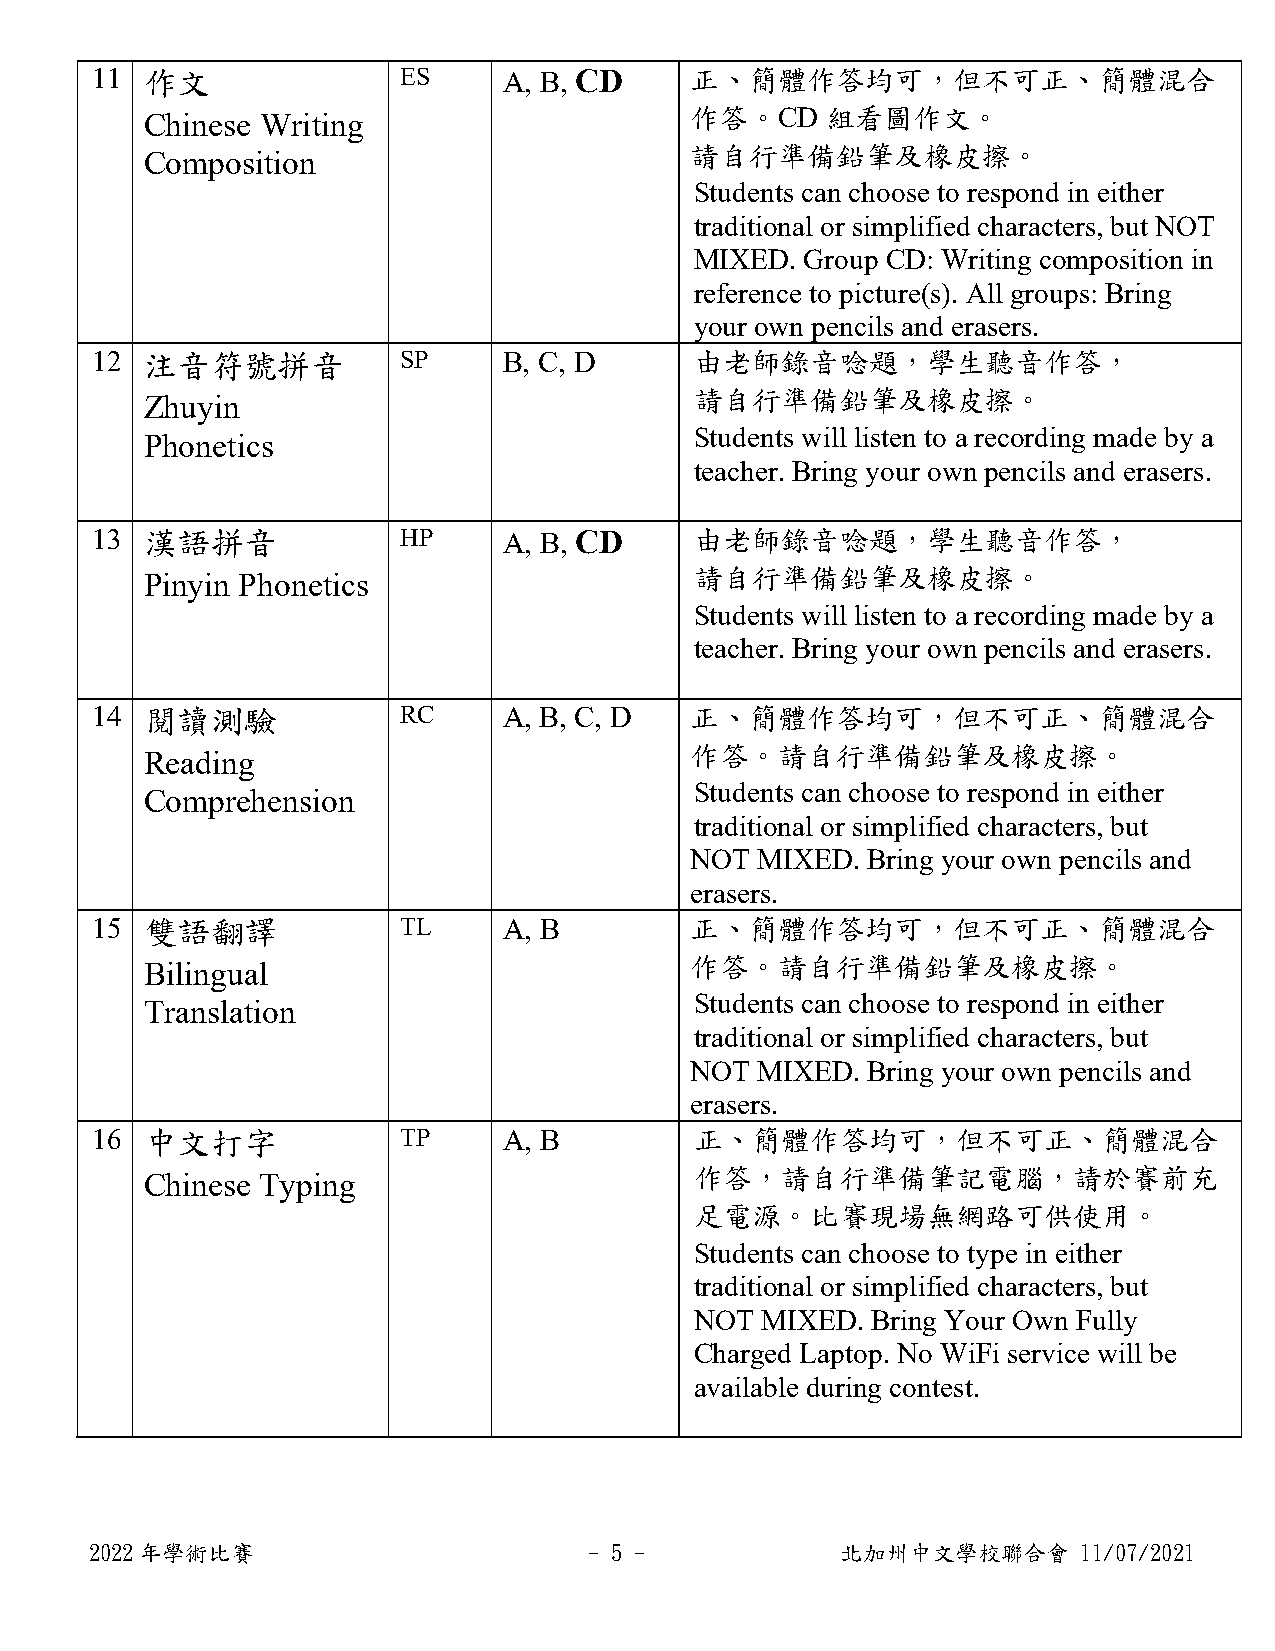
11  作文              ES     A, B, CD     正、簡體作答均可，但不可正、簡體混合
 Chinese Writing                     作答。CD    組看圖作文。
 Composition
 請自行準備鉛筆及橡皮擦。
 Students can choose to respond in either
 traditional or simplified characters, but NOT
 MIXED. Group CD: Writing composition in
 reference to picture(s). All groups: Bring
 your own pencils and erasers.
 12  注音符號拼音          SP     B, C, D      由老師錄音唸題，學生聽音作答，
 Zhuyin                              請自行準備鉛筆及橡皮擦。
 Students will listen to a recording made by a
 Phonetics
 teacher. Bring your own pencils and erasers.
 13  漢語拼音            HP     A, B, CD     由老師錄音唸題，學生聽音作答，
 Pinyin Phonetics                    請自行準備鉛筆及橡皮擦。
 Students will listen to a recording made by a
 teacher. Bring your own pencils and erasers.
 14  閱讀測驗            RC     A, B, C, D   正、簡體作答均可，但不可正、簡體混合
 Reading                             作答。請自行準備鉛筆及橡皮擦。
 Students can choose to respond in either
 Comprehension
 traditional or simplified characters, but
 NOT MIXED. Bring your own pencils and
 erasers.
 15  雙語翻譯            TL     A, B         正、簡體作答均可，但不可正、簡體混合
 Bilingual                           作答。請自行準備鉛筆及橡皮擦。
 Students can choose to respond in either
 Translation
 traditional or simplified characters, but
 NOT MIXED. Bring your own pencils and
 erasers.
 16  中文打字            TP     A, B         正、簡體作答均可，但不可正、簡體混合
 Chinese Typing                      作答，請自行準備筆記電腦，請於賽前充
 足電源。比賽現場無網路可供使用。
 Students can choose to type in either
 traditional or simplified characters, but
 NOT MIXED.  Bring Your Own Fully
 Charged Laptop. No WiFi service will be
 available during contest.
 2022年學術比賽                        - 5 -            北加州中文學校聯合會      11/07/2021